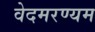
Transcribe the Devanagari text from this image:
वेदमरण्यम